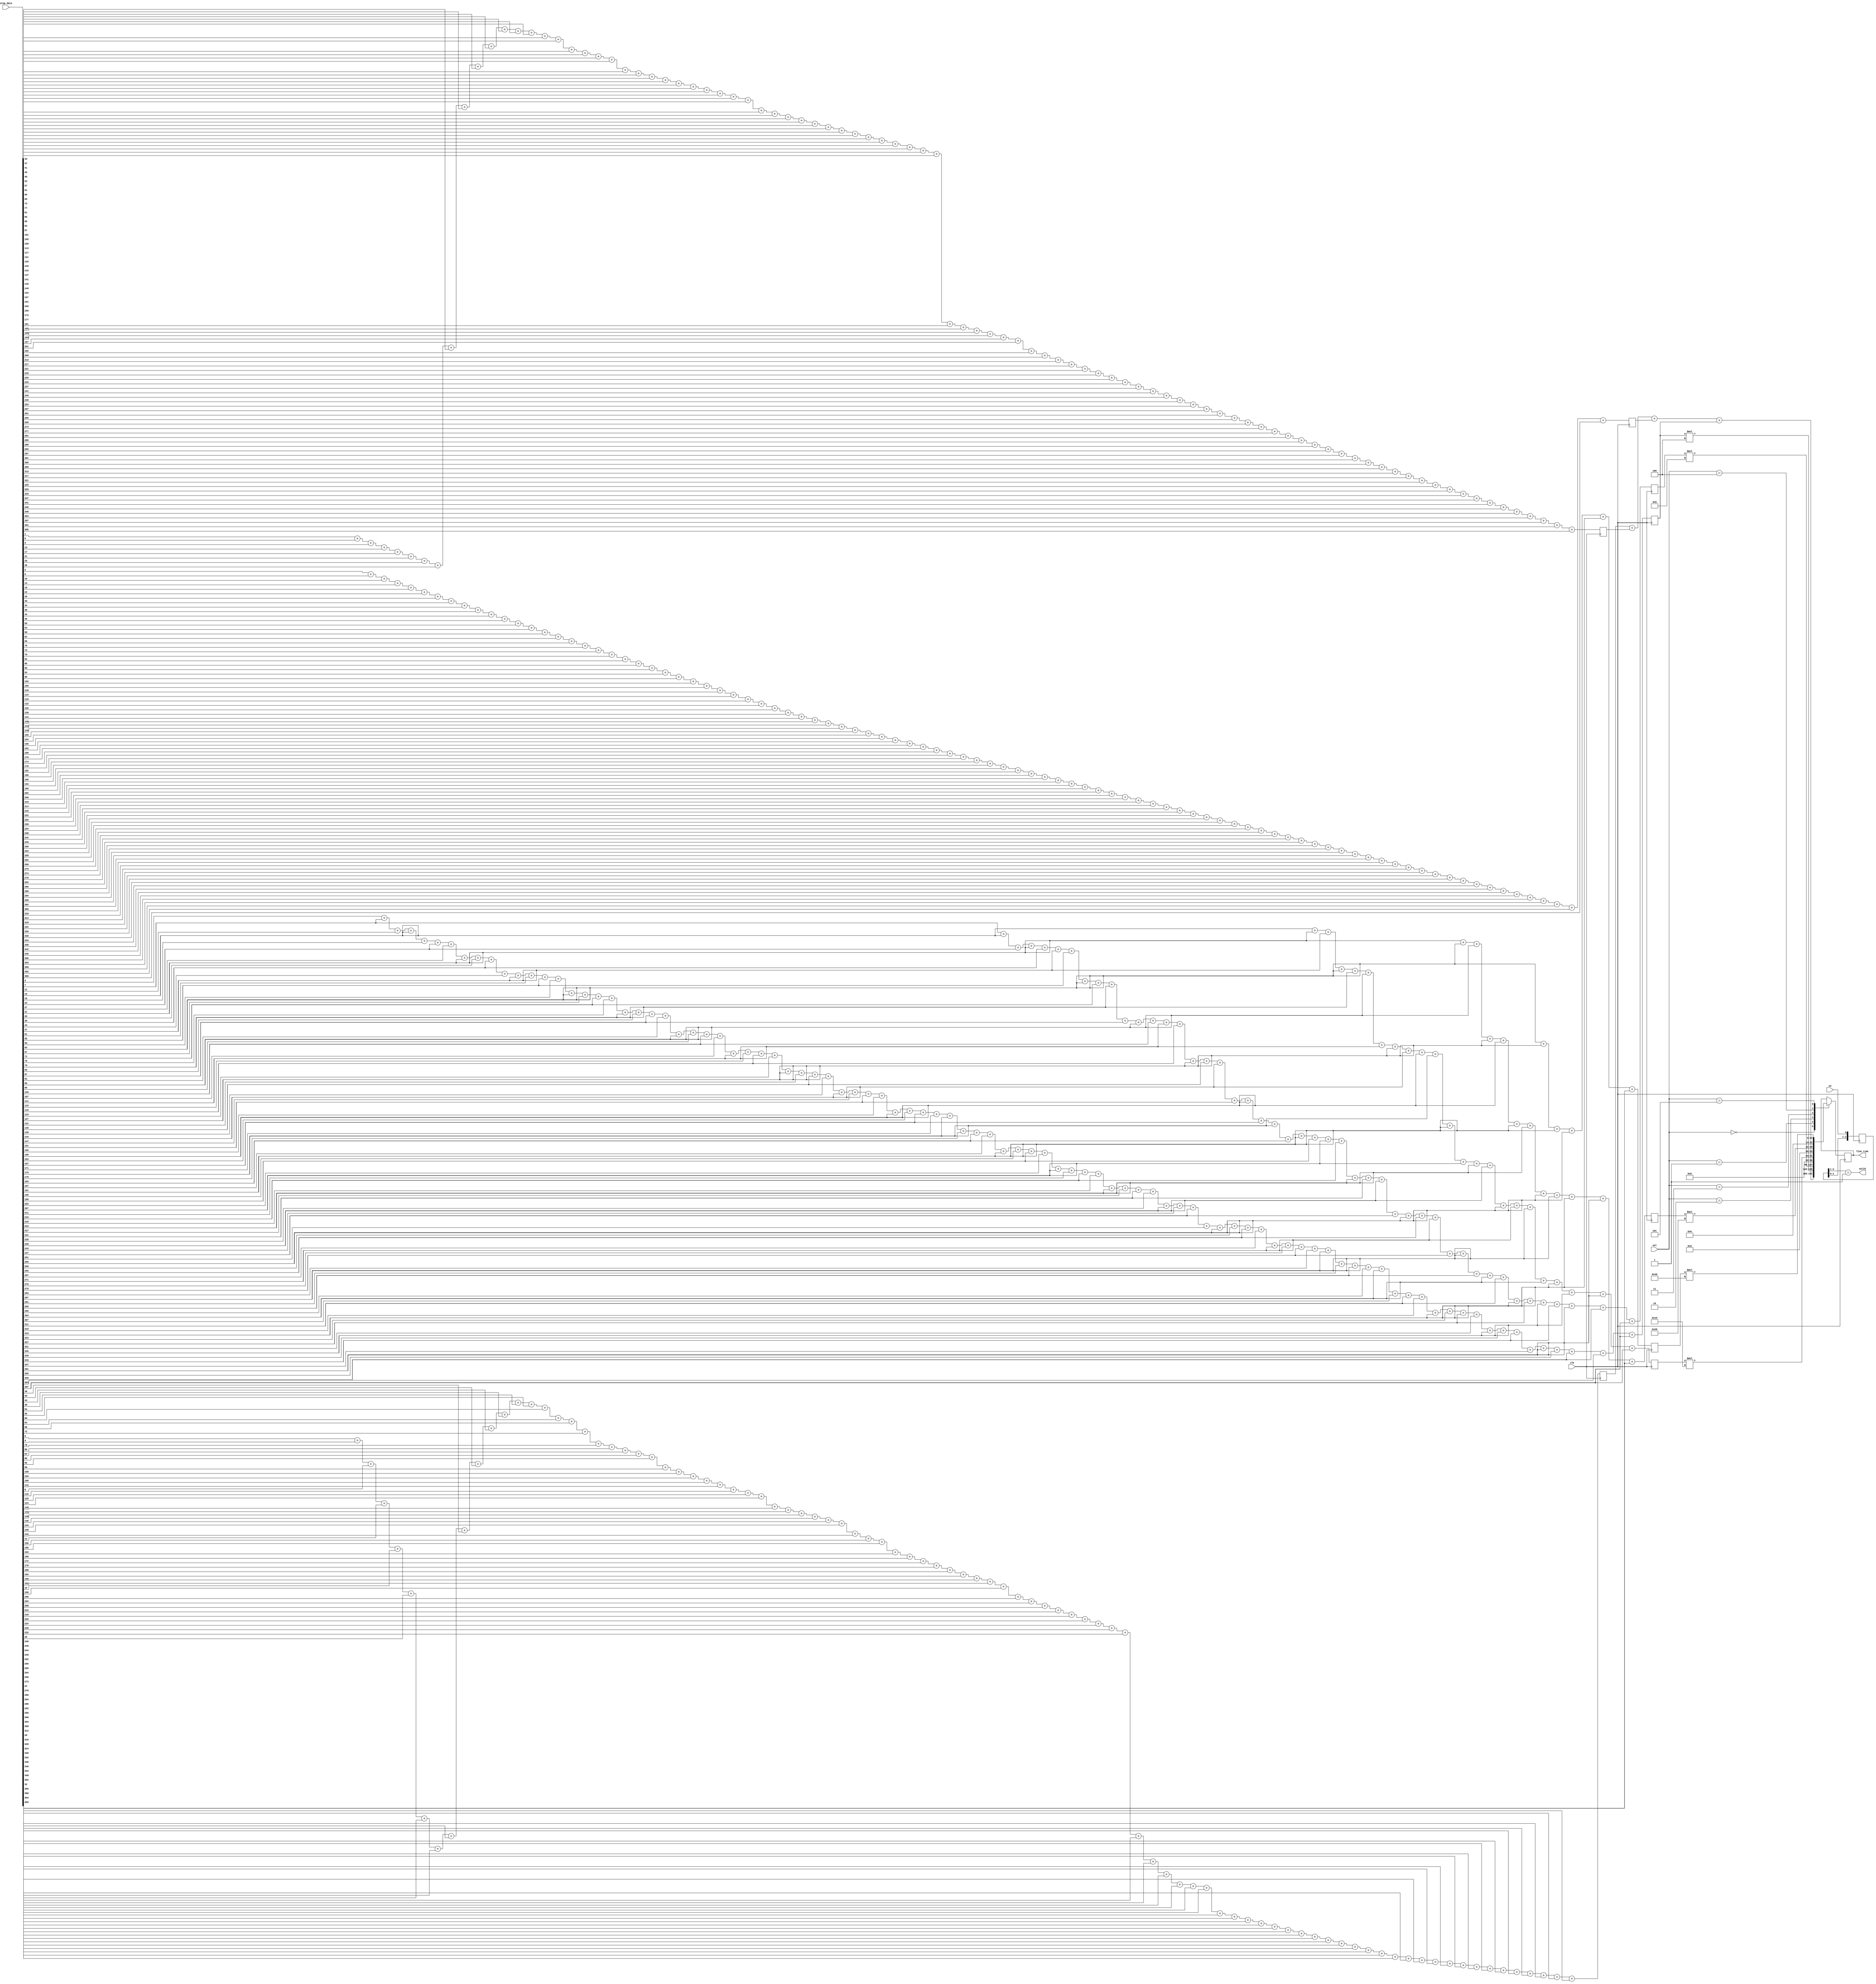
module thermometer_encoder
#
(
    parameter  INSTR_WIDTH = 16,
    parameter  DATA_WIDTH  = 32
)
(
    input  wire                        clk         ,  
	input  wire                        en          ,
    input  wire     [399          :0]  step_data   ,
    output reg      [DATA_WIDTH-1 :0]  fine_time   ,
	output wire                        valid       ,
    input  wire     [INSTR_WIDTH-1:0]  sel         
);




reg [DATA_WIDTH-1 :0]fine_time_r0 ={{DATA_WIDTH}{1'b0}};
reg [DATA_WIDTH-1 :0]fine_time_r1 ={{DATA_WIDTH}{1'b0}};
reg [DATA_WIDTH-1 :0]fine_time_r2 ={{DATA_WIDTH}{1'b0}};
reg [DATA_WIDTH-1 :0]fine_time_r3 ={{DATA_WIDTH}{1'b0}};
reg [DATA_WIDTH-1 :0]fine_time_r4 ={{DATA_WIDTH}{1'b0}};
reg [DATA_WIDTH-1 :0]fine_time_r8 ={{DATA_WIDTH}{1'b0}};
reg [DATA_WIDTH-1 :0]fine_time_r16={{DATA_WIDTH}{1'b0}};
reg [DATA_WIDTH-1 :0]fine_time_r32={{DATA_WIDTH}{1'b0}};
reg [DATA_WIDTH-1 :0]fine_time_r64={{DATA_WIDTH}{1'b0}};



always @(posedge clk)begin
	fine_time_r0<=step_data[4*0 ] + 
				  step_data[4*1 ] + 
				  step_data[4*2 ] + 
				  step_data[4*3 ] + 
				  step_data[4*4 ] + 
				  step_data[4*5 ] + 
				  step_data[4*6 ] + 
				  step_data[4*7 ] + 
				  step_data[4*8 ] + 
				  step_data[4*9 ] + 
				  step_data[4*10] + 
				  step_data[4*11] + 
				  step_data[4*12] + 
				  step_data[4*13] + 
				  step_data[4*14] + 
				  step_data[4*15] + 
				  step_data[4*16] + 
				  step_data[4*17] + 
				  step_data[4*18] + 
				  step_data[4*19] + 
				  step_data[4*20] + 
				  step_data[4*21] + 
				  step_data[4*22] + 
				  step_data[4*23] + 
				  step_data[4*24] + 
				  step_data[4*25] + 
				  step_data[4*26] + 
				  step_data[4*27] + 
				  step_data[4*28] + 
				  step_data[4*29] + 
				  step_data[4*30] + 
				  step_data[4*31] + 
				  step_data[4*32] + 
				  step_data[4*33] + 
				  step_data[4*34] + 
				  step_data[4*35] + 
				  step_data[4*36] + 
				  step_data[4*37] + 
				  step_data[4*38] + 
				  step_data[4*39] + 
				  step_data[4*40] + 
				  step_data[4*41] + 
				  step_data[4*42] + 
				  step_data[4*43] + 
				  step_data[4*44] + 
				  step_data[4*45] + 
				  step_data[4*46] + 
				  step_data[4*47] + 
				  step_data[4*48] + 
				  step_data[4*49] + 
				  step_data[4*50] + 
				  step_data[4*51] + 
				  step_data[4*52] + 
				  step_data[4*53] + 
				  step_data[4*54] + 
				  step_data[4*55] + 
				  step_data[4*56] + 
				  step_data[4*57] + 
				  step_data[4*58] + 
				  step_data[4*59] + 
				  step_data[4*60] +
				  step_data[4*61] + 
				  step_data[4*62] + 
				  step_data[4*63] + 
				  step_data[4*64] + 
				  step_data[4*65] + 
				  step_data[4*66] + 
				  step_data[4*67] + 
				  step_data[4*68] + 
				  step_data[4*69] + 
				  step_data[4*70] + 
				  step_data[4*71] + 
				  step_data[4*72] + 
				  step_data[4*73] + 
				  step_data[4*74] + 
				  step_data[4*75] + 
				  step_data[4*76] + 
				  step_data[4*77] + 
				  step_data[4*78] + 
				  step_data[4*79] + 
				  step_data[4*80] + 
				  step_data[4*81] + 
				  step_data[4*82] + 
				  step_data[4*83] + 
				  step_data[4*84] + 
				  step_data[4*85] + 
				  step_data[4*86] + 
				  step_data[4*87] + 
				  step_data[4*88] + 
				  step_data[4*89] + 
				  step_data[4*90] + 
				  step_data[4*91] ;

	fine_time_r1<=step_data[4*0 +1] + 
				  step_data[4*1 +1] + 
				  step_data[4*2 +1] + 
				  step_data[4*3 +1] + 
				  step_data[4*4 +1] + 
				  step_data[4*5 +1] + 
				  step_data[4*6 +1] + 
				  step_data[4*7 +1] + 
				  step_data[4*8 +1] + 
				  step_data[4*9 +1] + 
				  step_data[4*10+1] + 
				  step_data[4*11+1] + 
				  step_data[4*12+1] + 
				  step_data[4*13+1] + 
				  step_data[4*14+1] + 
				  step_data[4*15+1] + 
				  step_data[4*16+1] + 
				  step_data[4*17+1] + 
				  step_data[4*18+1] + 
				  step_data[4*19+1] + 
				  step_data[4*20+1] + 
				  step_data[4*21+1] + 
				  step_data[4*22+1] + 
				  step_data[4*23+1] + 
				  step_data[4*24+1] + 
				  step_data[4*25+1] + 
				  step_data[4*26+1] + 
				  step_data[4*27+1] + 
				  step_data[4*28+1] + 
				  step_data[4*29+1] + 
				  step_data[4*30+1] + 
				  step_data[4*31+1] + 
				  step_data[4*32+1] + 
				  step_data[4*33+1] + 
				  step_data[4*34+1] + 
				  step_data[4*35+1] + 
				  step_data[4*36+1] + 
				  step_data[4*37+1] + 
				  step_data[4*38+1] + 
				  step_data[4*39+1] + 
				  step_data[4*40+1] + 
				  step_data[4*41+1] + 
				  step_data[4*42+1] + 
				  step_data[4*43+1] + 
				  step_data[4*44+1] + 
				  step_data[4*45+1] + 
				  step_data[4*46+1] + 
				  step_data[4*47+1] + 
				  step_data[4*48+1] + 
				  step_data[4*49+1] + 
				  step_data[4*50+1] + 
				  step_data[4*51+1] + 
				  step_data[4*52+1] + 
				  step_data[4*53+1] + 
				  step_data[4*54+1] + 
				  step_data[4*55+1] + 
				  step_data[4*56+1] + 
				  step_data[4*57+1] + 
				  step_data[4*58+1] + 
				  step_data[4*59+1] + 
				  step_data[4*60+1] +
				  step_data[4*61+1] + 
				  step_data[4*62+1] + 
				  step_data[4*63+1] + 
				  step_data[4*64+1] + 
				  step_data[4*65+1] + 
				  step_data[4*66+1] + 
				  step_data[4*67+1] + 
				  step_data[4*68+1] + 
				  step_data[4*69+1] + 
				  step_data[4*70+1] + 
				  step_data[4*71+1] + 
				  step_data[4*72+1] + 
				  step_data[4*73+1] + 
				  step_data[4*74+1] + 
				  step_data[4*75+1] + 
				  step_data[4*76+1] + 
				  step_data[4*77+1] + 
				  step_data[4*78+1] + 
				  step_data[4*79+1] + 
				  step_data[4*80+1] + 
				  step_data[4*81+1] + 
				  step_data[4*82+1] + 
				  step_data[4*83+1] + 
				  step_data[4*84+1] + 
				  step_data[4*85+1] + 
				  step_data[4*86+1] + 
				  step_data[4*87+1] + 
				  step_data[4*88+1] + 
				  step_data[4*89+1] + 
				  step_data[4*90+1] + 
				  step_data[4*91+1] ;				  


	fine_time_r2<=step_data[4*0 +2] + 
				  step_data[4*1 +2] + 
				  step_data[4*2 +2] + 
				  step_data[4*3 +2] + 
				  step_data[4*4 +2] + 
				  step_data[4*5 +2] + 
				  step_data[4*6 +2] + 
				  step_data[4*7 +2] + 
				  step_data[4*8 +2] + 
				  step_data[4*9 +2] + 
				  step_data[4*10+2] + 
				  step_data[4*11+2] + 
				  step_data[4*12+2] + 
				  step_data[4*13+2] + 
				  step_data[4*14+2] + 
				  step_data[4*15+2] + 
				  step_data[4*16+2] + 
				  step_data[4*17+2] + 
				  step_data[4*18+2] + 
				  step_data[4*19+2] + 
				  step_data[4*20+2] + 
				  step_data[4*21+2] + 
				  step_data[4*22+2] + 
				  step_data[4*23+2] + 
				  step_data[4*24+2] + 
				  step_data[4*25+2] + 
				  step_data[4*26+2] + 
				  step_data[4*27+2] + 
				  step_data[4*28+2] + 
				  step_data[4*29+2] + 
				  step_data[4*30+2] + 
				  step_data[4*31+2] + 
				  step_data[4*32+2] + 
				  step_data[4*33+2] + 
				  step_data[4*34+2] + 
				  step_data[4*35+2] + 
				  step_data[4*36+2] + 
				  step_data[4*37+2] + 
				  step_data[4*38+2] + 
				  step_data[4*39+2] + 
				  step_data[4*40+2] + 
				  step_data[4*41+2] + 
				  step_data[4*42+2] + 
				  step_data[4*43+2] + 
				  step_data[4*44+2] + 
				  step_data[4*45+2] + 
				  step_data[4*46+2] + 
				  step_data[4*47+2] + 
				  step_data[4*48+2] + 
				  step_data[4*49+2] + 
				  step_data[4*50+2] + 
				  step_data[4*51+2] + 
				  step_data[4*52+2] + 
				  step_data[4*53+2] + 
				  step_data[4*54+2] + 
				  step_data[4*55+2] + 
				  step_data[4*56+2] + 
				  step_data[4*57+2] + 
				  step_data[4*58+2] + 
				  step_data[4*59+2] + 
				  step_data[4*60+2] +
				  step_data[4*61+2] + 
				  step_data[4*62+2] + 
				  step_data[4*63+2] + 
				  step_data[4*64+2] + 
				  step_data[4*65+2] + 
				  step_data[4*66+2] + 
				  step_data[4*67+2] + 
				  step_data[4*68+2] + 
				  step_data[4*69+2] + 
				  step_data[4*70+2] + 
				  step_data[4*71+2] + 
				  step_data[4*72+2] + 
				  step_data[4*73+2] + 
				  step_data[4*74+2] + 
				  step_data[4*75+2] + 
				  step_data[4*76+2] + 
				  step_data[4*77+2] + 
				  step_data[4*78+2] + 
				  step_data[4*79+2] + 
				  step_data[4*80+2] + 
				  step_data[4*81+2] + 
				  step_data[4*82+2] + 
				  step_data[4*83+2] + 
				  step_data[4*84+2] + 
				  step_data[4*85+2] + 
				  step_data[4*86+2] + 
				  step_data[4*87+2] + 
				  step_data[4*88+2] + 
				  step_data[4*89+2] + 
				  step_data[4*90+2] + 
				  step_data[4*91+2] ;	

	fine_time_r3<=step_data[4*0 +3] + 
				  step_data[4*1 +3] + 
				  step_data[4*2 +3] + 
				  step_data[4*3 +3] + 
				  step_data[4*4 +3] + 
				  step_data[4*5 +3] + 
				  step_data[4*6 +3] + 
				  step_data[4*7 +3] + 
				  step_data[4*8 +3] + 
				  step_data[4*9 +3] + 
				  step_data[4*10+3] + 
				  step_data[4*11+3] + 
				  step_data[4*12+3] + 
				  step_data[4*13+3] + 
				  step_data[4*14+3] + 
				  step_data[4*15+3] + 
				  step_data[4*16+3] + 
				  step_data[4*17+3] + 
				  step_data[4*18+3] + 
				  step_data[4*19+3] + 
				  step_data[4*20+3] + 
				  step_data[4*21+3] + 
				  step_data[4*22+3] + 
				  step_data[4*23+3] + 
				  step_data[4*24+3] + 
				  step_data[4*25+3] + 
				  step_data[4*26+3] + 
				  step_data[4*27+3] + 
				  step_data[4*28+3] + 
				  step_data[4*29+3] + 
				  step_data[4*30+3] + 
				  step_data[4*31+3] + 
				  step_data[4*32+3] + 
				  step_data[4*33+3] + 
				  step_data[4*34+3] + 
				  step_data[4*35+3] + 
				  step_data[4*36+3] + 
				  step_data[4*37+3] + 
				  step_data[4*38+3] + 
				  step_data[4*39+3] + 
				  step_data[4*40+3] + 
				  step_data[4*41+3] + 
				  step_data[4*42+3] + 
				  step_data[4*43+3] + 
				  step_data[4*44+3] + 
				  step_data[4*45+3] + 
				  step_data[4*46+3] + 
				  step_data[4*47+3] + 
				  step_data[4*48+3] + 
				  step_data[4*49+3] + 
				  step_data[4*50+3] + 
				  step_data[4*51+3] + 
				  step_data[4*52+3] + 
				  step_data[4*53+3] + 
				  step_data[4*54+3] + 
				  step_data[4*55+3] + 
				  step_data[4*56+3] + 
				  step_data[4*57+3] + 
				  step_data[4*58+3] + 
				  step_data[4*59+3] + 
				  step_data[4*60+3] +
				  step_data[4*61+3] + 
				  step_data[4*62+3] + 
				  step_data[4*63+3] + 
				  step_data[4*64+3] + 
				  step_data[4*65+3] + 
				  step_data[4*66+3] + 
				  step_data[4*67+3] + 
				  step_data[4*68+3] + 
				  step_data[4*69+3] + 
				  step_data[4*70+3] + 
				  step_data[4*71+3] + 
				  step_data[4*72+3] + 
				  step_data[4*73+3] + 
				  step_data[4*74+3] + 
				  step_data[4*75+3] + 
				  step_data[4*76+3] + 
				  step_data[4*77+3] + 
				  step_data[4*78+3] + 
				  step_data[4*79+3] + 
				  step_data[4*80+3] + 
				  step_data[4*81+3] + 
				  step_data[4*82+3] + 
				  step_data[4*83+3] + 
				  step_data[4*84+3] + 
				  step_data[4*85+3] + 
				  step_data[4*86+3] + 
				  step_data[4*87+3] + 
				  step_data[4*88+3] + 
				  step_data[4*89+3] + 
				  step_data[4*90+3] + 
				  step_data[4*91+3] ;	
				  
				  
				  
	fine_time_r4<=step_data[4*1 -1] + 
				  step_data[4*2 -1] + 
				  step_data[4*3 -1] + 
				  step_data[4*4 -1] + 
				  step_data[4*5 -1] + 
				  step_data[4*6 -1] + 
				  step_data[4*7 -1] + 
				  step_data[4*8 -1] + 
				  step_data[4*9 -1] + 
				  step_data[4*10-1] + 
				  step_data[4*11-1] + 
				  step_data[4*12-1] + 
				  step_data[4*13-1] + 
				  step_data[4*14-1] + 
				  step_data[4*15-1] + 
				  step_data[4*16-1] + 
				  step_data[4*17-1] + 
				  step_data[4*18-1] + 
				  step_data[4*19-1] + 
				  step_data[4*20-1] + 
				  step_data[4*21-1] + 
				  step_data[4*22-1] + 
				  step_data[4*23-1] + 
				  step_data[4*24-1] + 
				  step_data[4*25-1] + 
				  step_data[4*26-1] + 
				  step_data[4*27-1] + 
				  step_data[4*28-1] + 
				  step_data[4*29-1] + 
				  step_data[4*30-1] + 
				  step_data[4*31-1] + 
				  step_data[4*32-1] + 
				  step_data[4*33-1] + 
				  step_data[4*34-1] + 
				  step_data[4*35-1] + 
				  step_data[4*36-1] + 
				  step_data[4*37-1] + 
				  step_data[4*38-1] + 
				  step_data[4*39-1] + 
				  step_data[4*40-1] + 
				  step_data[4*41-1] + 
				  step_data[4*42-1] + 
				  step_data[4*43-1] + 
				  step_data[4*44-1] + 
				  step_data[4*45-1] + 
				  step_data[4*46-1] + 
				  step_data[4*47-1] + 
				  step_data[4*48-1] + 
				  step_data[4*49-1] + 
				  step_data[4*50-1] + 
				  step_data[4*51-1] + 
				  step_data[4*52-1] + 
				  step_data[4*53-1] + 
				  step_data[4*54-1] + 
				  step_data[4*55-1] + 
				  step_data[4*56-1] + 
				  step_data[4*57-1] + 
				  step_data[4*58-1] + 
				  step_data[4*59-1] + 
				  step_data[4*60-1] + 
				  step_data[4*61-1] +
				  step_data[4*62-1] + 
				  step_data[4*63-1] + 
				  step_data[4*64-1] + 
				  step_data[4*65-1] + 
				  step_data[4*66-1] + 
				  step_data[4*67-1] + 
				  step_data[4*68-1] + 
				  step_data[4*69-1] + 
				  step_data[4*70-1] + 
				  step_data[4*71-1] + 
				  step_data[4*72-1] + 
				  step_data[4*73-1] + 
				  step_data[4*74-1] + 
				  step_data[4*75-1] + 
				  step_data[4*76-1] + 
				  step_data[4*77-1] + 
				  step_data[4*78-1] + 
				  step_data[4*79-1] + 
				  step_data[4*80-1] + 
				  step_data[4*81-1] + 
				  step_data[4*82-1] + 
				  step_data[4*83-1] + 
				  step_data[4*84-1] + 
				  step_data[4*85-1] + 
				  step_data[4*86-1] + 
				  step_data[4*87-1] + 
				  step_data[4*88-1] + 
				  step_data[4*89-1] + 
				  step_data[4*90-1] + 
				  step_data[4*91-1] + 
				  step_data[4*92-1] ;	
				  
	fine_time_r8<=step_data[8*1 -1] + 
				  step_data[8*2 -1] + 
				  step_data[8*3 -1] + 
				  step_data[8*4 -1] + 
				  step_data[8*5 -1] + 
				  step_data[8*6 -1] + 
				  step_data[8*7 -1] + 
				  step_data[8*8 -1] + 
				  step_data[8*9 -1] + 
				  step_data[8*10-1] + 
				  step_data[8*11-1] + 
				  step_data[8*12-1] + 
				  step_data[8*13-1] + 
				  step_data[8*14-1] + 
				  step_data[8*15-1] + 
				  step_data[8*16-1] + 
				  step_data[8*17-1] + 
				  step_data[8*18-1] + 
				  step_data[8*19-1] + 
				  step_data[8*20-1] + 
				  step_data[8*21-1] + 
				  step_data[8*22-1] + 
				  step_data[8*23-1] + 
				  step_data[8*24-1] + 
				  step_data[8*25-1] + 
				  step_data[8*26-1] + 
				  step_data[8*27-1] + 
				  step_data[8*28-1] + 
				  step_data[8*29-1] + 
				  step_data[8*30-1] + 
				  step_data[8*31-1] + 
				  step_data[8*32-1] + 
				  step_data[8*33-1] + 
				  step_data[8*34-1] + 
				  step_data[8*35-1] + 
				  step_data[8*36-1] + 
				  step_data[8*37-1] + 
				  step_data[8*38-1] + 
				  step_data[8*39-1] + 
				  step_data[8*40-1] + 
				  step_data[8*41-1] + 
				  step_data[8*42-1] + 
				  step_data[8*43-1] + 
				  step_data[8*44-1] + 
				  step_data[8*45-1] + 
				  step_data[8*46-1] ;	
				  
	fine_time_r16<=step_data[16*1 -1] + 
				   step_data[16*2 -1] + 
				   step_data[16*3 -1] + 
				   step_data[16*4 -1] + 
				   step_data[16*5 -1] + 
				   step_data[16*6 -1] + 
				   step_data[16*7 -1] + 
				   step_data[16*8 -1] + 
				   step_data[16*9 -1] + 
				   step_data[16*10-1] + 
				   step_data[16*11-1] + 
				   step_data[16*12-1] + 
				   step_data[16*13-1] + 
				   step_data[16*14-1] + 
				   step_data[16*15-1] + 
				   step_data[16*16-1] + 
				   step_data[16*17-1] + 
				   step_data[16*18-1] + 
				   step_data[16*19-1] + 
				   step_data[16*20-1] + 
				   step_data[16*21-1] + 
				   step_data[16*22-1] + 
				   step_data[16*23-1] ;



	fine_time_r32<=step_data[32*1 -1] + 
				   step_data[32*2 -1] + 
				   step_data[32*3 -1] + 
				   step_data[32*4 -1] + 
				   step_data[32*5 -1] + 
				   step_data[32*6 -1] + 
				   step_data[32*7 -1] + 
				   step_data[32*8 -1] + 
				   step_data[32*9 -1] + 
				   step_data[32*10-1] + 
				   step_data[32*11-1] + 
				   step_data[32*12-1] ;		


	fine_time_r64<=step_data[64*1 -1] + 
				   step_data[64*2 -1] + 
				   step_data[64*3 -1] + 
				   step_data[64*4 -1] + 
				   step_data[64*5 -1] + 
				   step_data[64*6 -1] ;		
				  
				  
end

always @(posedge clk)begin

case(sel)
0:fine_time<=fine_time_r0+fine_time_r1+fine_time_r2+fine_time_r3;
1:fine_time<=fine_time_r4*4;
2:fine_time<=fine_time_r8*8;
3:fine_time<=fine_time_r16*16;
4:fine_time<=fine_time_r32*32;
5:fine_time<=fine_time_r64*64;

endcase


end

reg [2:0]en_r=3'b0;
always @(posedge clk)begin
	en_r[2:0]<={en_r[1:0],en};
end

assign valid = (en_r[2:1]==2'b01);

endmodule